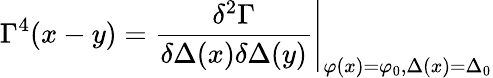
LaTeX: \Gamma^{4}(x-y)=\left.\frac{\delta^{2}\Gamma}{\delta\Delta(x)\delta\Delta(y)}\right|_{\varphi(x)=\varphi_{0},\Delta(x)=\Delta_{0}}